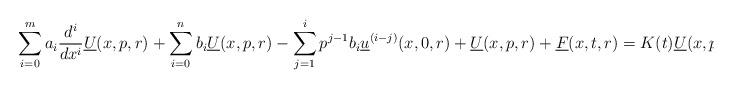
LaTeX: \begin{align*}\sum_{i=0}^ma_i\frac{d^i}{dx^i} \underline{U}(x,p,r)+\sum_{i=0}^nb_i \underline{U}(x,p,r)-\sum_{j=1}^i p^{j-1}b_i \underline{u}^{(i-j)}(x,0,r)+\underline{U}(x,p,r)+\underline{F}(x, t,r)=K(t)\underline{U}(x,p,r).\end{align*}